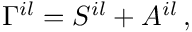
\Gamma ^ { i l } = { \cal S } ^ { i l } + { \cal A } ^ { i l } \, ,